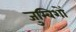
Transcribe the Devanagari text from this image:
जुम्बिशों